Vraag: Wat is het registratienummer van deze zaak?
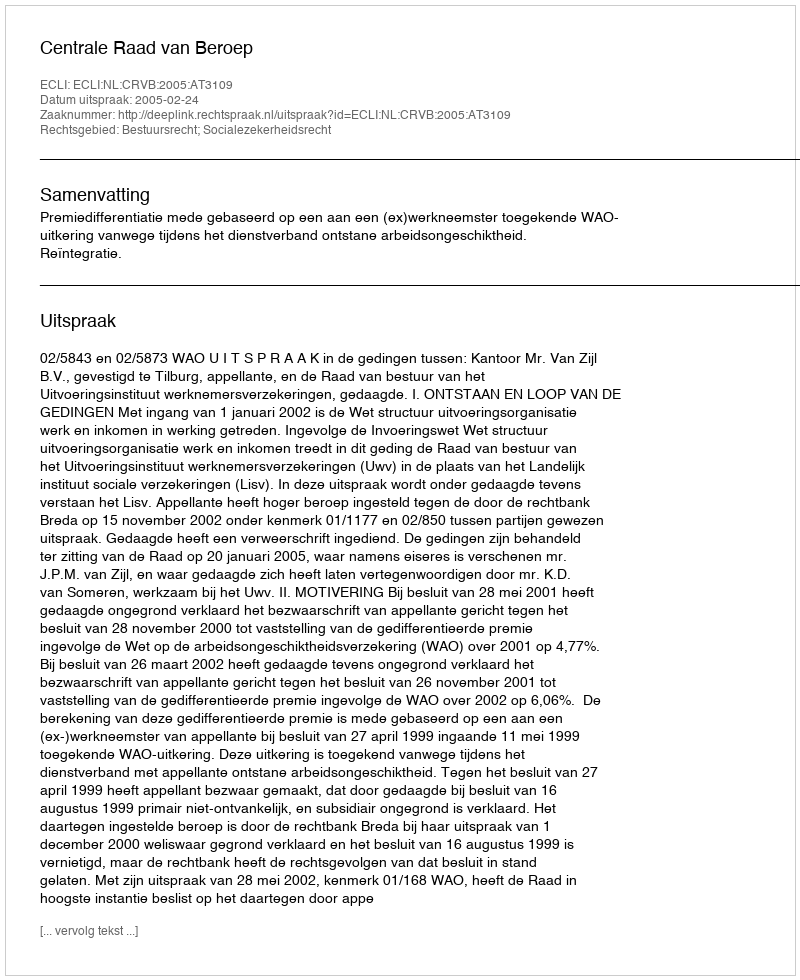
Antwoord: http://deeplink.rechtspraak.nl/uitspraak?id=ECLI:NL:CRVB:2005:AT3109